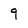
Character: 9